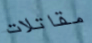
مقاتلات